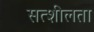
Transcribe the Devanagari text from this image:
सत्शीलता